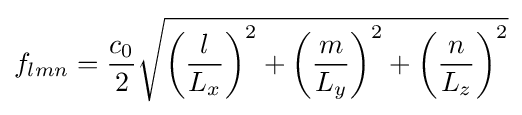
f_{lmn}={\frac {c_{0}}{2}}{\sqrt {\left({\frac {l}{L_{x}}}\right)^{2}+\left({\frac {m}{L_{y}}}\right)^{2}+\left({\frac {n}{L_{z}}}\right)^{2}}}